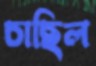
চাছিল